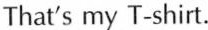
That's my T-shirt.